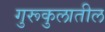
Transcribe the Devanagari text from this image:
गुरूकुलातील